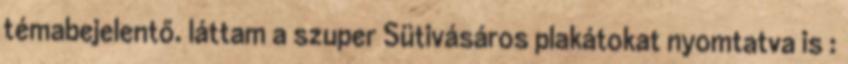
témabejelentő. láttam a szuper Sütivásáros plakátokat nyomtatva is :